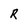
Character: R